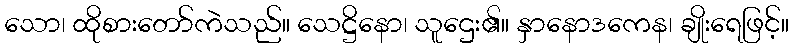
သော၊ ထိုစားတော်ကဲသည်။ သေဋ္ဌိနော၊ သူဌေး၏။ နှာနောဒကေန၊ ချိုးရေဖြင့်။